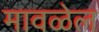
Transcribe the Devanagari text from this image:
मावळेल